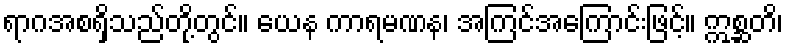
ရာဂအစရှိသည်တို့တွင်။ ယေန ကာရမဏန၊ အကြင်အကြောင်းဖြင့်။ ဣစ္ဆတိ၊